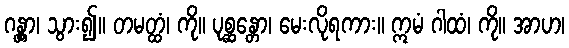
ဂန္တွာ၊ သွား၍။ တမတ္ထံ၊ ကို။ ပုစ္ဆန္တော၊ မေးလိုရကား။ ဣမံ ဂါထံ၊ ကို။ အာဟ၊